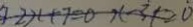
2 x + 7 = 0 x - 3 \neq 2 0